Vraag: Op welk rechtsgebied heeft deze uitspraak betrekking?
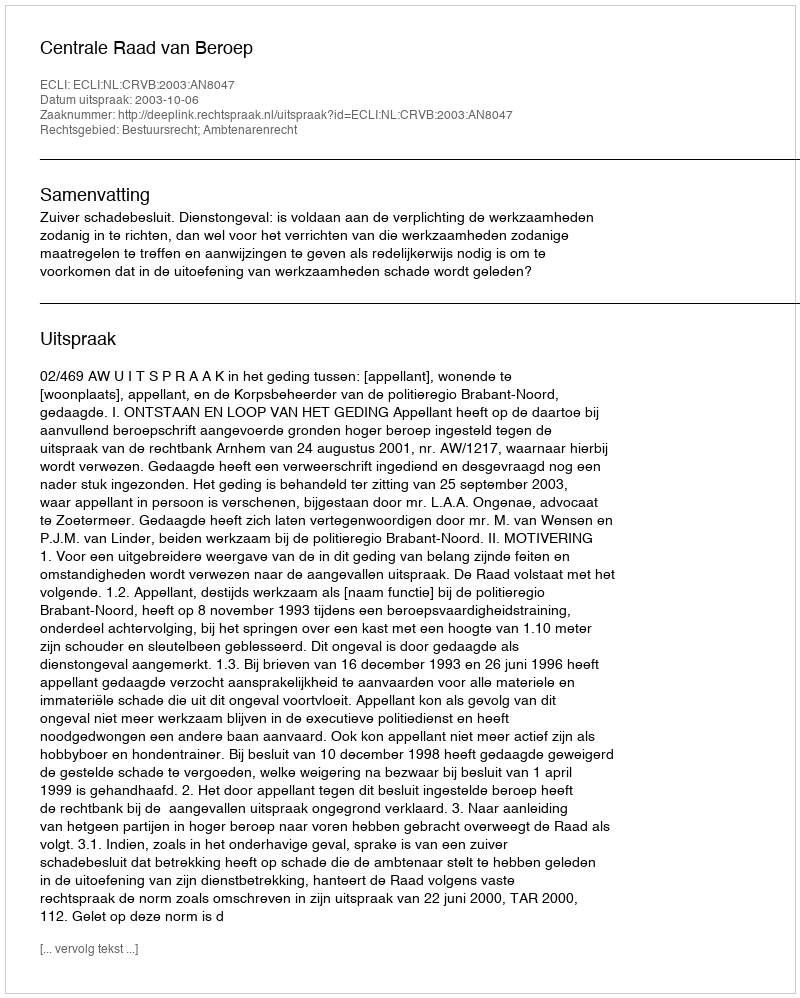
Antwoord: Bestuursrecht; Ambtenarenrecht